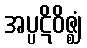
အပ္ပဋိဝိဇ္ဈံ